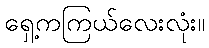
ရှေ့ကကြယ်လေးလုံး။